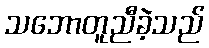
သဘောတူညီခဲ့သည်